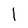
Character: l